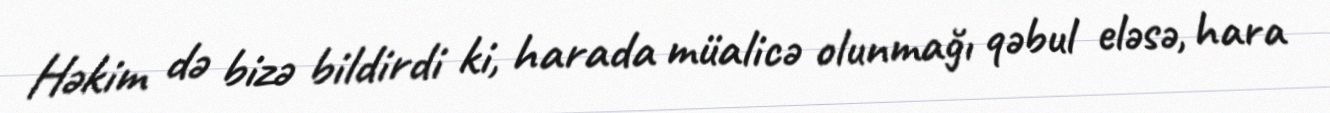
Həkim də bizə bildirdi ki, harada müalicə olunmağı qəbul eləsə, hara